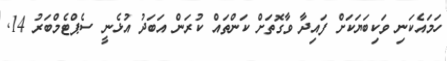
ހަމައެކަނި ވަކިބަޔަކަށް ފައިދާ ވާގޮތަށް ކަންތައް ކުރަން އަބަދު އުޅެނީ ސެޕްޓެމްބަރު 14